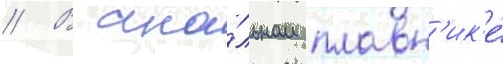
// В ана́льном плавн'ик'е́